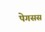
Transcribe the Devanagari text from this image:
पेगसस